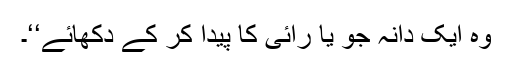
وہ ایک دانہ جو یا رائی کا پیدا کر کے دکھائے‘‘۔